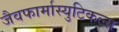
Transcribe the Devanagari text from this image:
जैवफार्मास्युटिकल्स